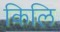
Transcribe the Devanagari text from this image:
किलि